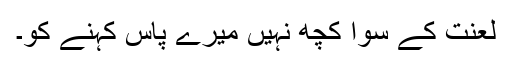
لعنت کے سوا کچھ نہیں میرے پاس کہنے کو۔